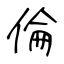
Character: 倫